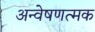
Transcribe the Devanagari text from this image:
अन्वेषणत्मक